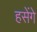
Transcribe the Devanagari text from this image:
हसेंगे